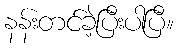
နန်းတင်ခဲ့ပြီးပါပြီ။